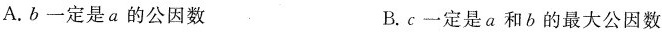
A.b一定是a的公因数B.c一定是a和b的最大公因数